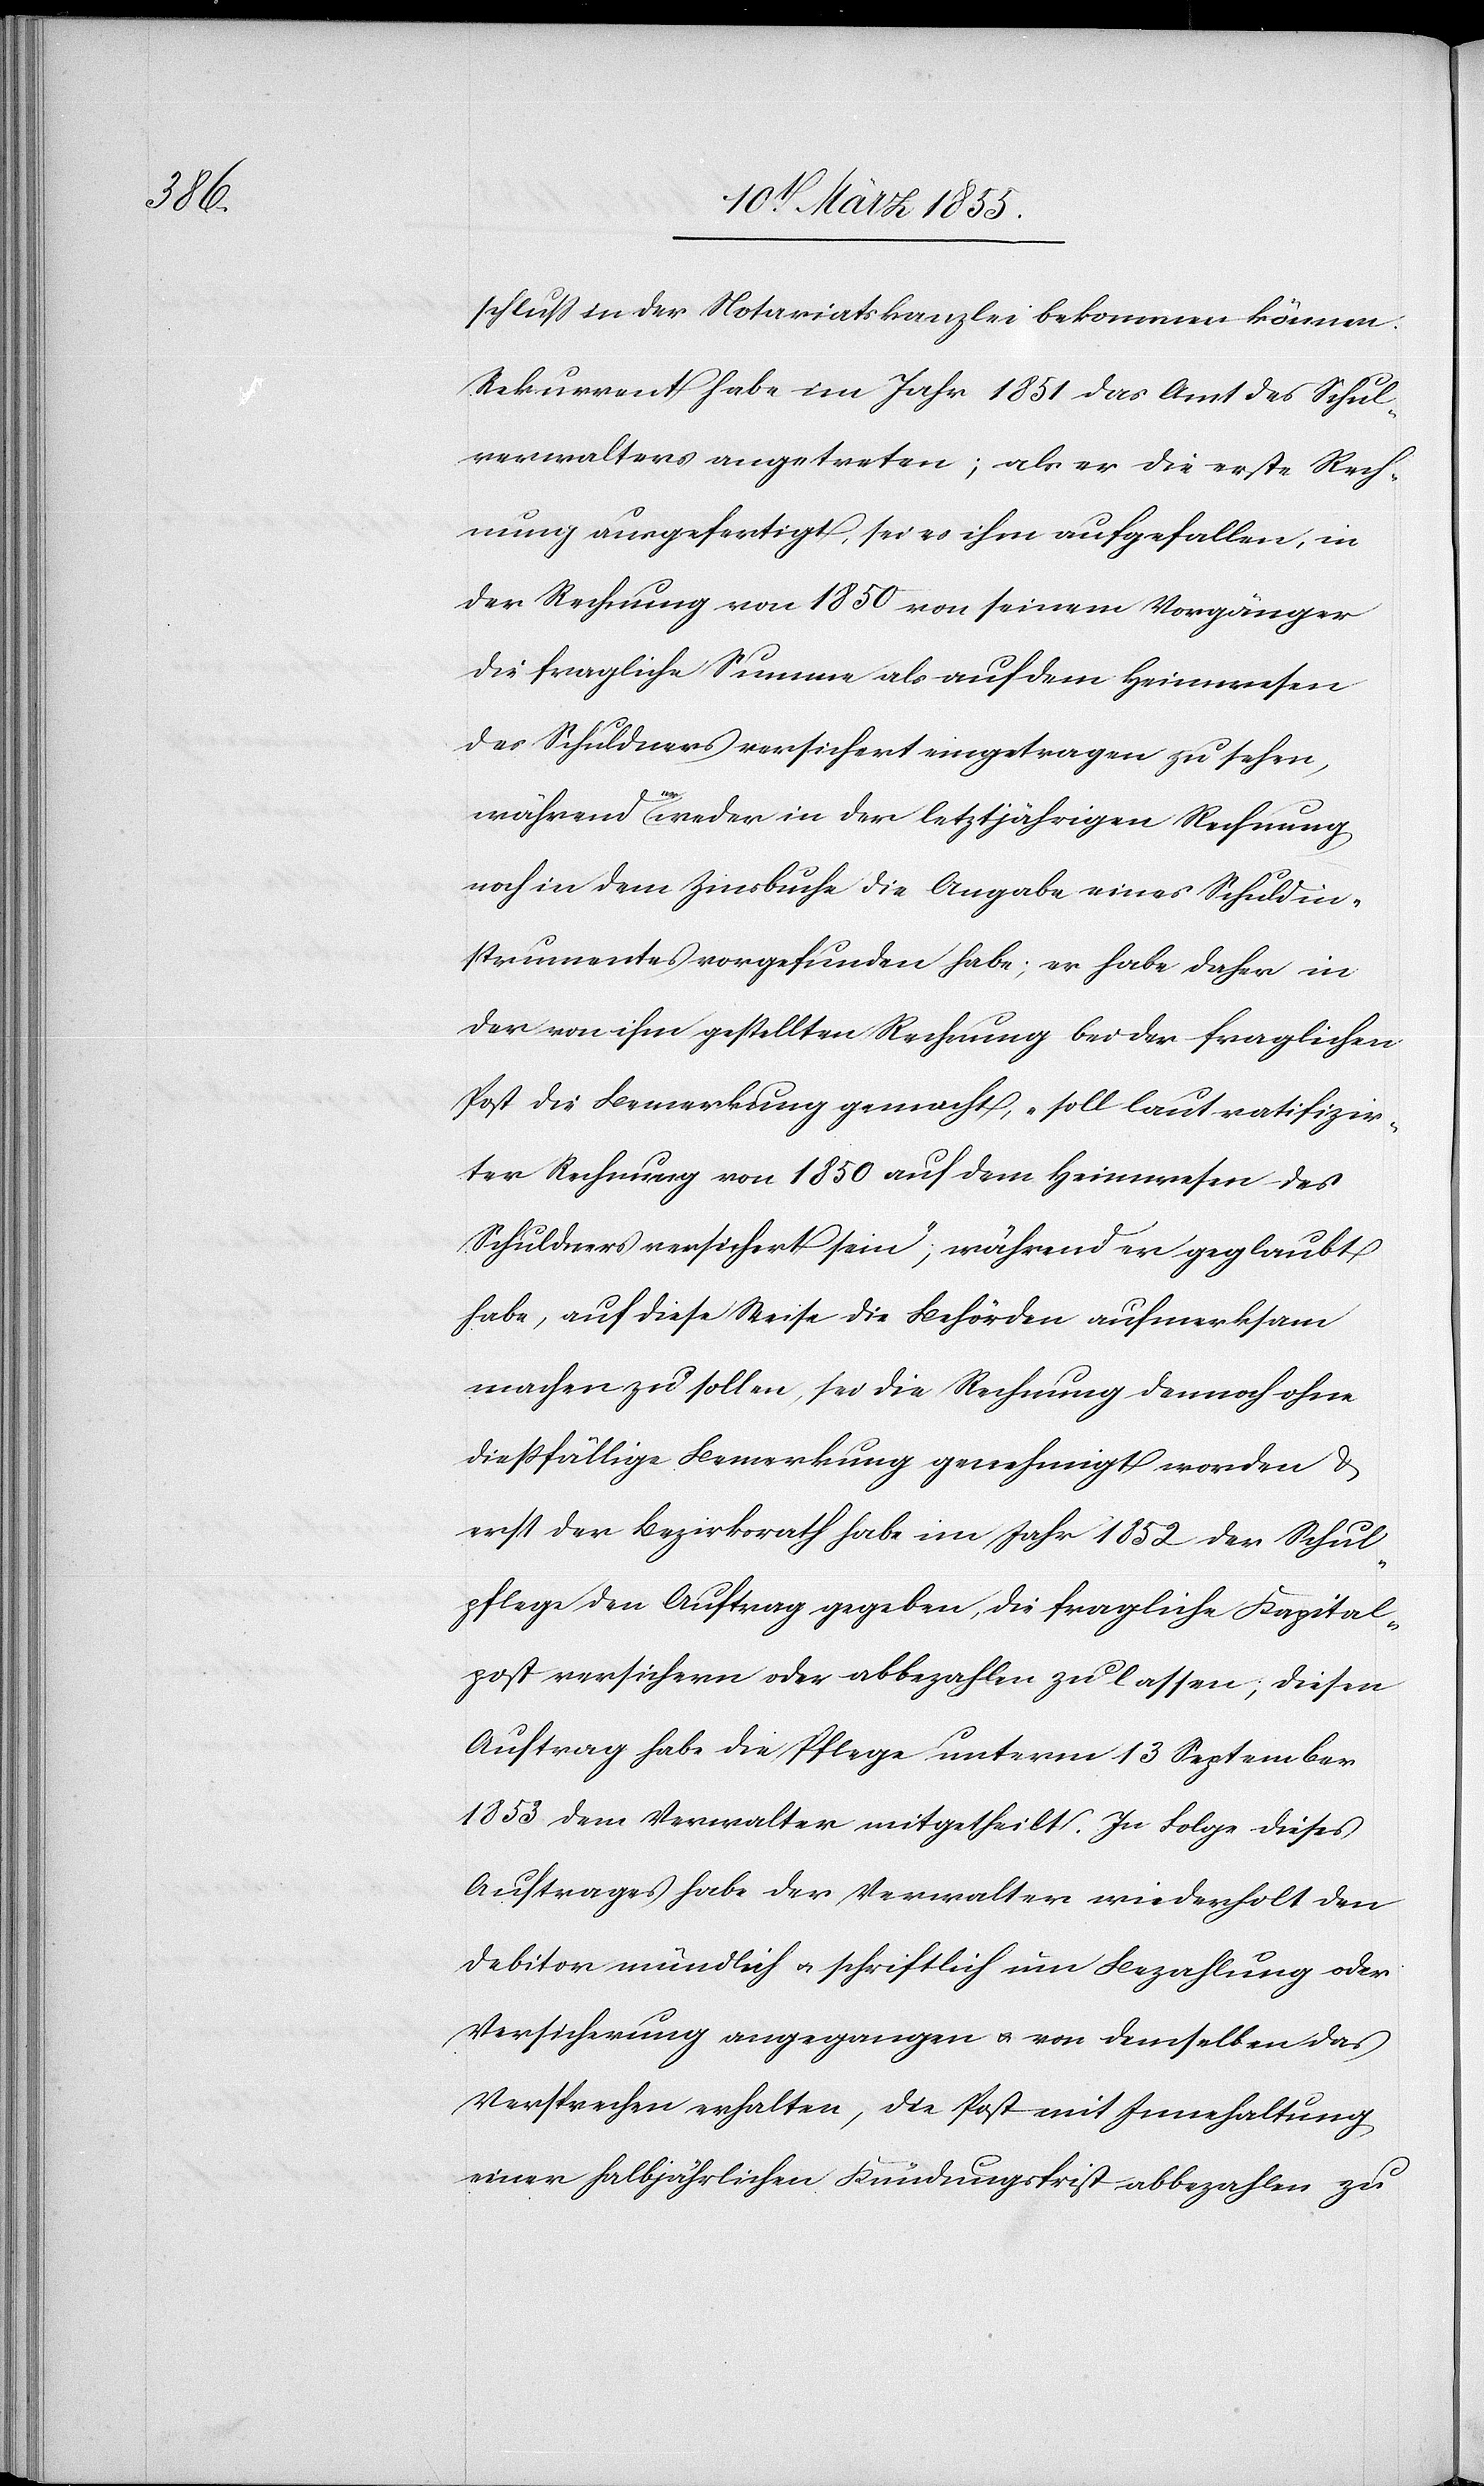
schluss in der Notariatskanzlei bekommen können.
Rekurrent habe im Jahr 1851 das Amt des Schul¬
verwalters angetreten; als er die erste Rech¬
nung ausgefertigt, sei es ihm aufgefallen, in
der Rechnung von 1850 von seinem Vorgänger
die fragliche Summe als auf dem Heimwesen
des Schuldners versichert eingetragen zu sehen,
während er weder in der letztjährigen Rechnung
noch in dem Zinsbuche die Angabe eines Schuldin¬
strumentes vorgefunden habe; er habe daher in
der von ihm gestellten Rechnung bei der fraglichen
Post die Bemerkung gemacht, „soll laut ratifizir¬
ter Rechnung von 1850 auf dem Heimwesen des
Schuldners versichert sein“; während er geglaubt
habe, auf diese Weise die Behörden aufmerksam
machen zu sollen, sei die Rechnung dennoch ohne
diessfällige Bemerkung genehmigt worden &
erst der Bezirksrath habe im Jahr 1852 der Schul¬
pflege den Auftrag gegeben, die fragliche Kapital¬
post versichern oder abbezahlen zu lassen, diesen
Auftrag habe die Pflege unterm 13 September
1853 dem Verwalter mitgetheilt. In Folge dieses
Auftrages habe der Verwalter wiederholt den
Debitor mündlich & schriftlich um Bezahlung oder
Versicherung angegangen & von demselben das
Versprechen erhalten, die Post mit Innehaltung
einer halbjährlichen Kündungsfrist abbezahlen zu